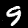
Label: 9